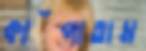
কাঁপাতাম